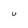
Character: U